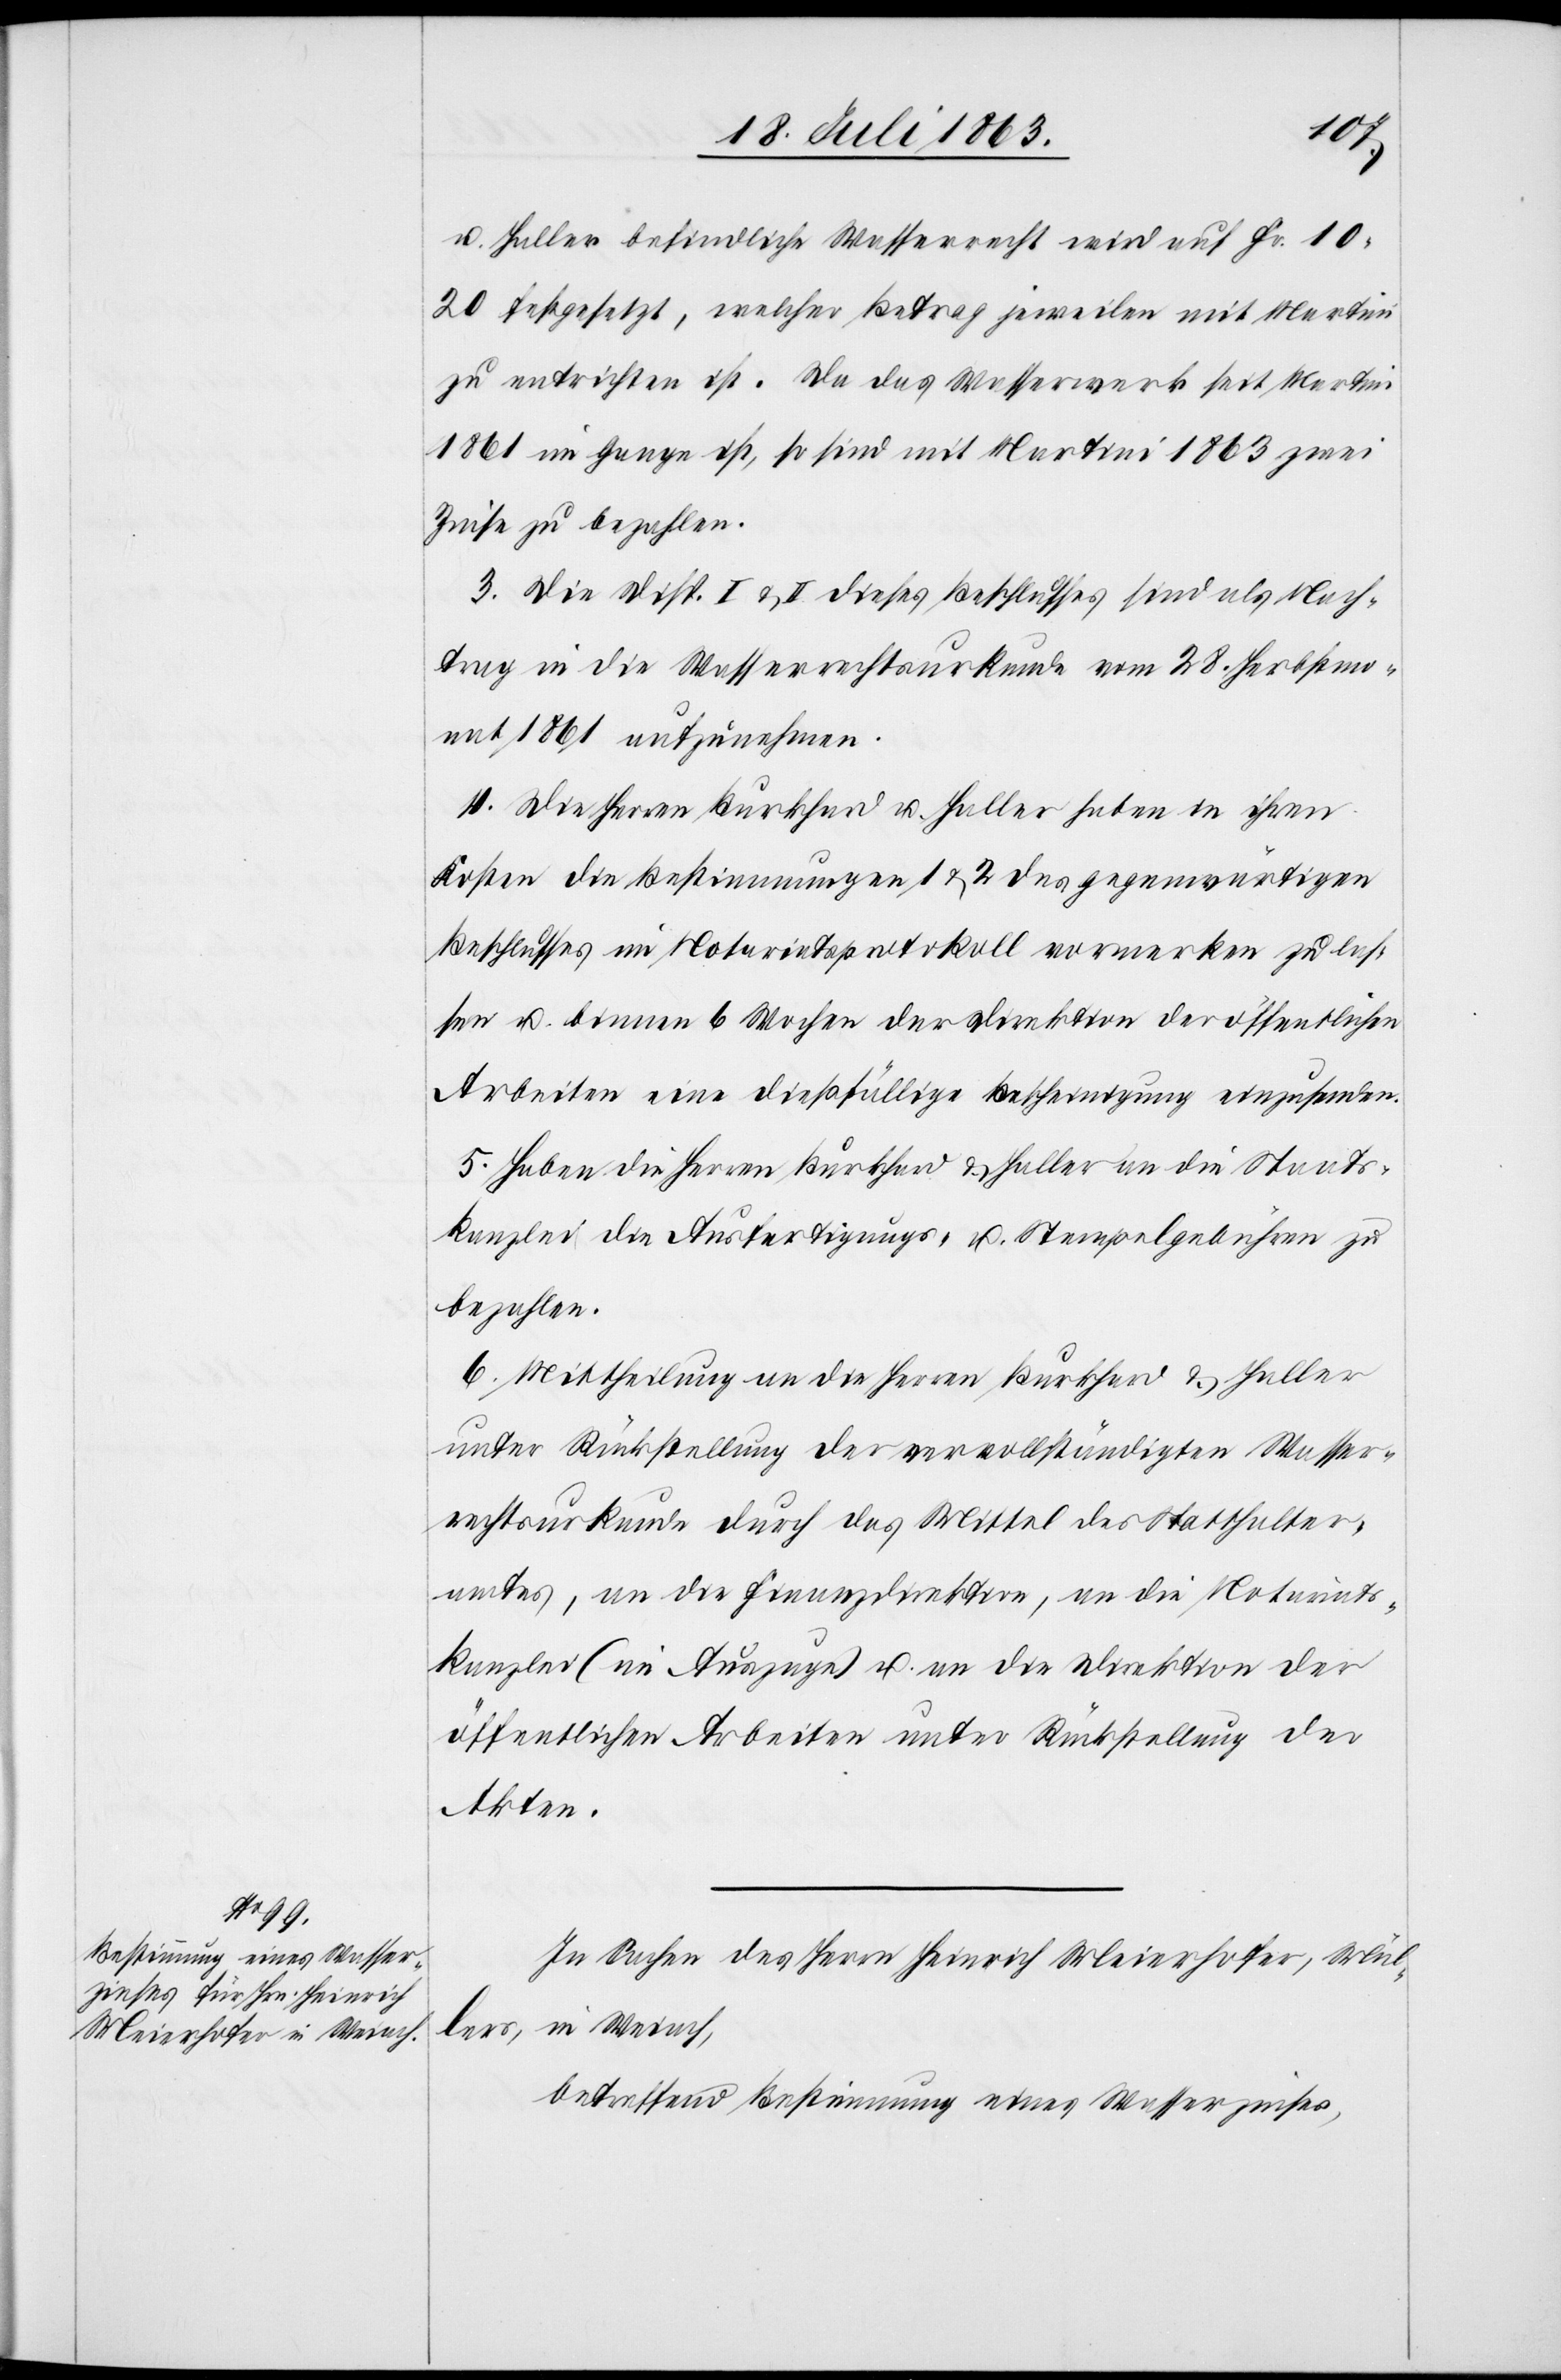
u. Haller befindliche Wasserrecht wird auf Fr. 10.
20 festgesetzt, welcher Betrag jeweilen mit Martini
zu entrichten ist. Da das Wasserwerk seit Martini
1861 im Gange ist, so sind mit Martini 1863 zwei
Zinse zu bezahlen.
3. Die Disp. I & II dieses Beschlusses sind als Nach¬
trag in die Wasserrechtsurkunde vom 28. Herbstmo¬
nat 1861 aufzunehmen.
4. Die Herren Burkhard u. Haller haben in ihren
Kosten die Bestimmungen 1 & 2 des gegenwärtigen
Beschlusses im Notariatsprotokoll vormerken zu las¬
sen u. binnen 6 Wochen der Direktion der öffentlichen
Arbeiten eine dießfällige Bescheinigung einzusenden.
5. Haben die Herren Burkhard & Haller an die Staats¬
kanzlei die Ausfertigungs- u. Stempelgebühren zu
bezahlen.
6. Mittheilung an die Herren Burkhard & Haller
unter Rückstellung der vervollständigten Wasser¬
rechtsurkunde durch das Mittel des Statthalter¬
amtes, an die Finanzdirektion, an die Notariats¬
kanzlei (im Auszuge) u. an die Direktion der
öffentlichen Arbeiten unter Rückstellung der
Akten.
In Sachen des Herrn Heinrich Meierhofer, Mül¬
lers, in Weiach,
betreffend Bestimmung eines Wasserzinses,